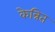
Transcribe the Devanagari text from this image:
केन्रित